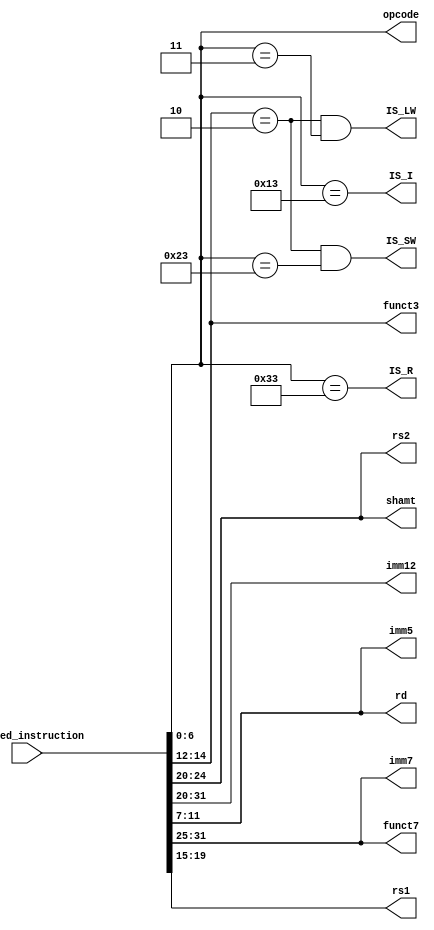
// Copyright (c) Stanford University
// 
// This source code is patent protected and being made available under the
// terms explained in the ../LICENSE-Academic and ../LICENSE-GOV files.
//

module qed_decoder (
// Outputs
shamt,
IS_SW,
imm12,
IS_R,
rd,
funct3,
opcode,
rs2,
funct7,
IS_I,
IS_LW,
imm5,
rs1,
imm7,
// Inputs
ifu_qed_instruction);

  input [31:0] ifu_qed_instruction;

  output [4:0] shamt;
  output IS_SW;
  output [11:0] imm12;
  output IS_R;
  output [4:0] rd;
  output [2:0] funct3;
  output [6:0] opcode;
  output [4:0] rs2;
  output [6:0] funct7;
  output IS_I;
  output IS_LW;
  output [4:0] imm5;
  output [4:0] rs1;
  output [6:0] imm7;

  assign shamt = ifu_qed_instruction[24:20];
  assign imm12 = ifu_qed_instruction[31:20];
  assign rd = ifu_qed_instruction[11:7];
  assign funct3 = ifu_qed_instruction[14:12];
  assign opcode = ifu_qed_instruction[6:0];
  assign imm7 = ifu_qed_instruction[31:25];
  assign funct7 = ifu_qed_instruction[31:25];
  assign imm5 = ifu_qed_instruction[11:7];
  assign rs1 = ifu_qed_instruction[19:15];
  assign rs2 = ifu_qed_instruction[24:20];

  assign IS_I = (opcode == 7'b0010011);
  assign IS_LW = (funct3 == 3'b010) && (opcode == 7'b0000011);
  assign IS_R = (opcode == 7'b0110011);
  assign IS_SW = (funct3 == 3'b010) && (opcode == 7'b0100011);

endmodule